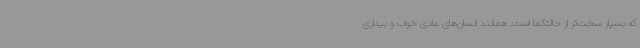
که بسیار سخت‌تر از حالتکما است. همانند انسان‌های عادی خواب و بیداری